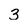
Character: 3